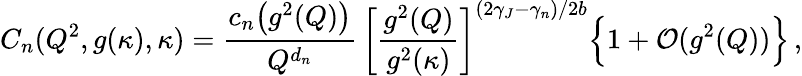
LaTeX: C_{n}(Q^{2},g(\kappa),\kappa)={\frac{c_{n}\bigl(g^{2}(Q)\bigr)}{Q^{d_{n}}}}\, \biggl[{\frac{g^{2}(Q)}{g^{2}(\kappa)}}\biggr]^{(2\gamma_{J}-\gamma_{n})/2b}\Bigl\{ 1+{\cal O}(g^{2}(Q))\Bigr\} \, ,